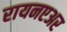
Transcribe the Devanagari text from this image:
रायनएअर